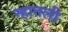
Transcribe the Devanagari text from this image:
न्हातली